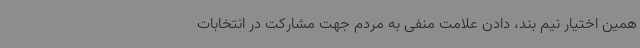
همین اختیار نیم بند، دادن علامت منفی به مردم جهت مشارکت در انتخابات